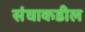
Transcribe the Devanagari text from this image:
संघाकडील